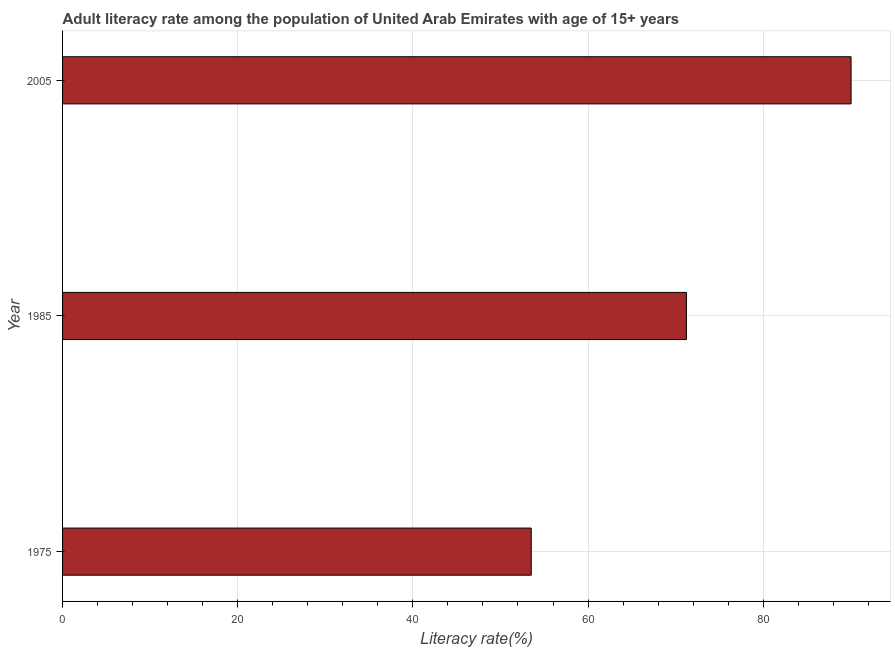
| Year | Adult literacy rate |
 | --- | --- |
 | 1975 | 53.5 |
 | 1985 | 71.2 |
 | 2005 | 90 |